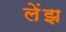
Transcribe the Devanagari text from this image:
लेंझ